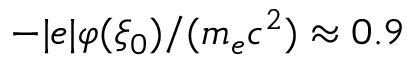
- | e | \varphi ( \xi _ { 0 } ) / ( m _ { e } c ^ { 2 } ) \approx 0 . 9